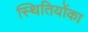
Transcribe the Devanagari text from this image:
स्थितियोंका